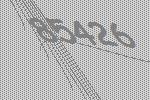
85426